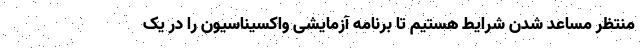
منتظر مساعد شدن شرایط هستیم تا برنامه آزمایشی واکسیناسیون را در یک